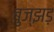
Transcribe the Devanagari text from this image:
बुज्झड़